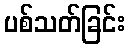
ပစ်သတ်ခြင်း